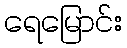
ရေမြောင်း